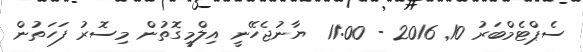
ސެޕްޓެމްބަރު 10